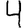
Digit: 4